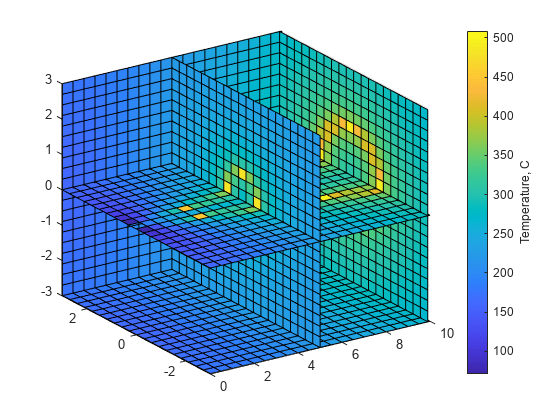
matlab, slica, colorbar